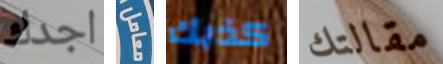
اجدك معامل كذبك مقالتك